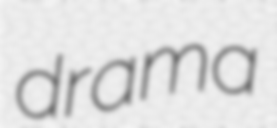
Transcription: drama